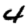
Digit: 4